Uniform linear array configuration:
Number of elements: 48
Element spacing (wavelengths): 0.75
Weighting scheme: hann
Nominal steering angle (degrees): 15
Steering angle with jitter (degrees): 16.859
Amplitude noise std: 0.05
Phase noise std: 0.05

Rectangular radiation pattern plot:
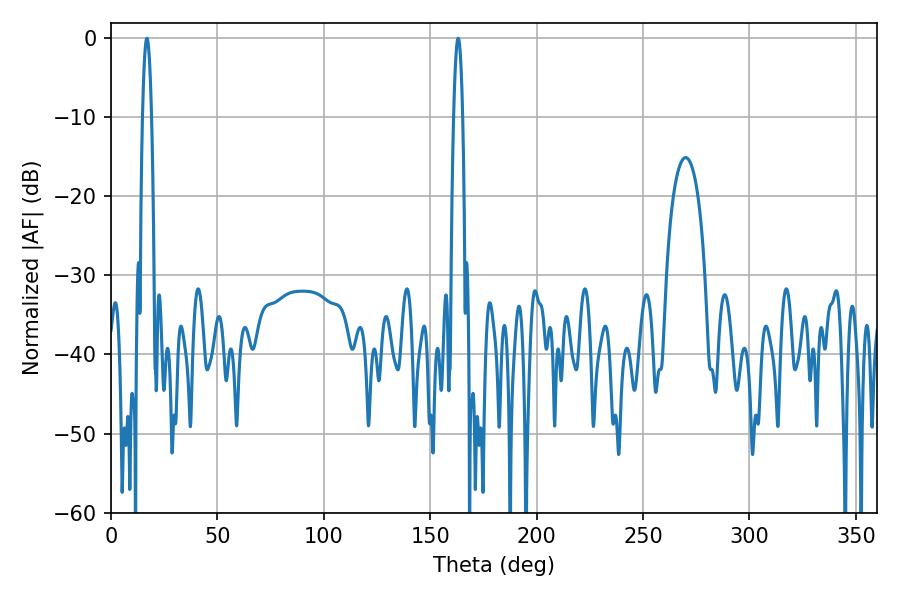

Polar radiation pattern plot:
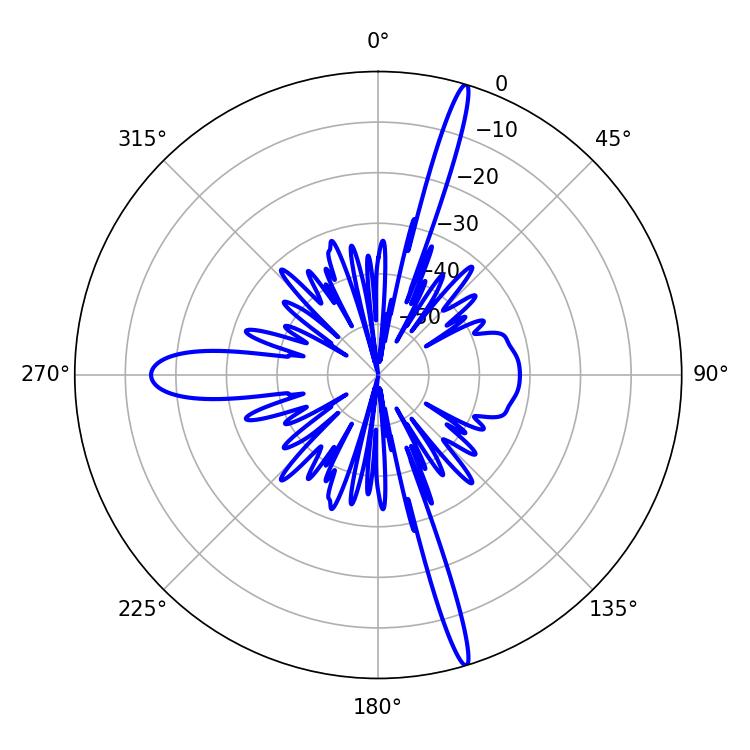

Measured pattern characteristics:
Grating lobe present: TRUE
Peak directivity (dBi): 19.771
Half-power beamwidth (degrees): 2.34
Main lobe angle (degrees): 163.08